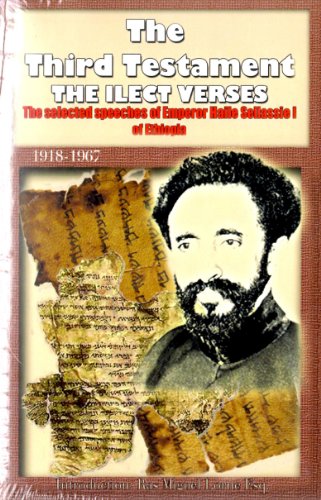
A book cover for The Third Testament: The selected speeches of emperor haile sellassie i of ethiopia; Introduction by: Ras Miguel Lorne Esq.; Literature & Fiction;